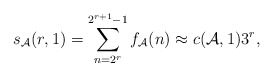
\begin{align*}s_\mathcal{A}(r,1)=\sum_{n=2^r}^{2^{r+1}-1}f_\mathcal{A}(n)\approx c(\mathcal{A},1)3^r,\end{align*}